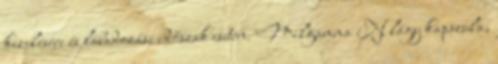
kezelésére és lábadozási időszak esetén. Milgamma N lágy kapszula,